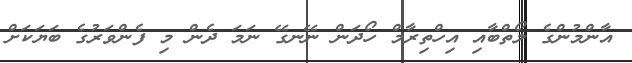
އާންމުންގެ ލޯތްބާއި އިހްތިރާމް ހޯދަން ނޭނގޭ ނަމަ ދެން މި ފެންވަރުގެ ބަޔަކަށް